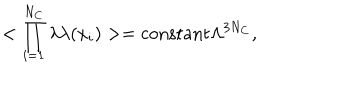
LaTeX: < \prod _ { i = 1 } ^ { N _ { C } } \lambda \lambda ( x _ { i } ) > = \mathrm { c o n s t a n t } \Lambda ^ { 3 N _ { C } } ,